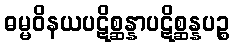
ဓမ္မဝိနယပဋိစ္ဆန္နာပဋိစ္ဆန္နပဉ္စ